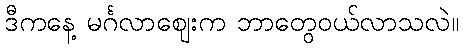
ဒီကနေ့ မင်္ဂလာဈေးက ဘာတွေဝယ်လာသလဲ။